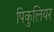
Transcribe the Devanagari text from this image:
पिकुलियर